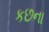
કછના